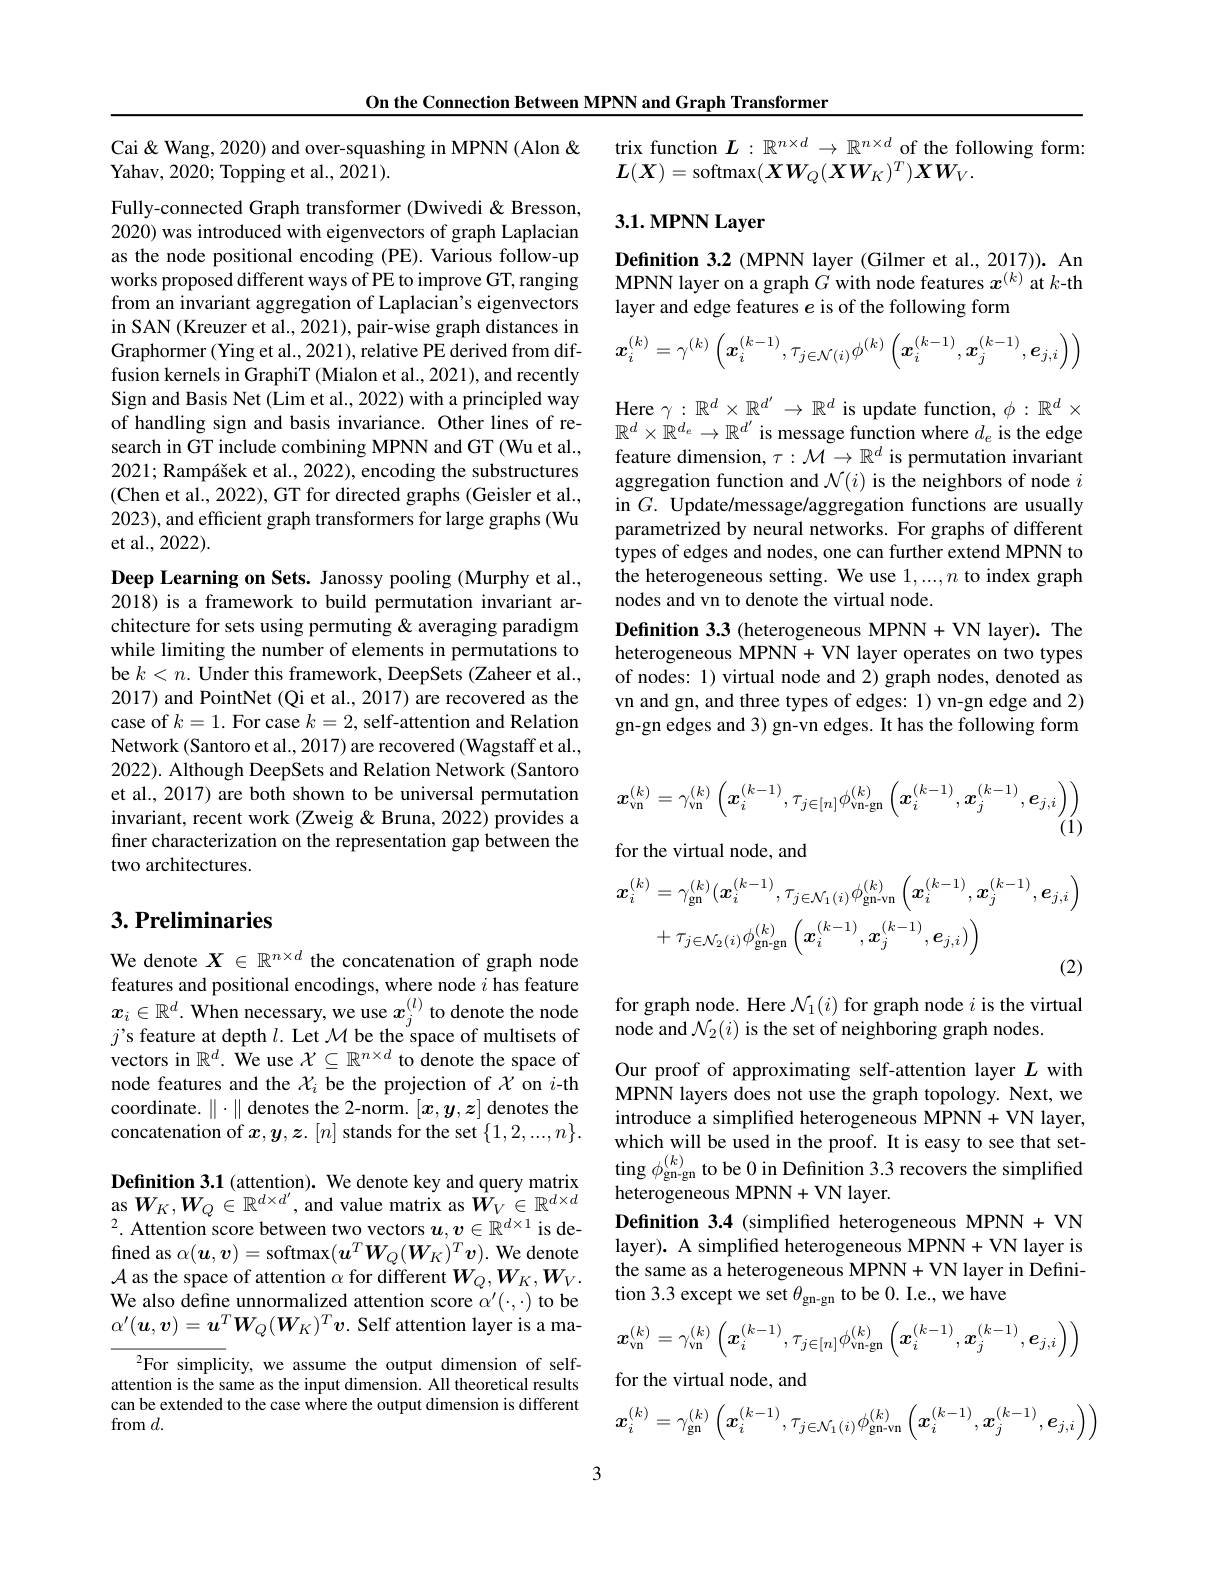
On the Connection Between MPNN and Graph Transformer

Cai& Wang, 2020) and over-squashing in MPNN (Alon &
Yahav, 2020; Topping et al., 2021).

Fully-connected Graph transformer (Dwivedi & Bresson, 2020) was introduced with eigenvectors of graph Laplacian as the node positional encoding (PE). Various follow-up $\underset{c}{\operatorname*{\text{works proposed different ways of PE to improve GT, ranging}}}$ from an invariant aggregation of Laplacian's eigenvectors in SAN (Kreuzer et al., 2021), pair-wise graph distances in Graphormer (Ying et al., 2021), relative PE derived from diffusion kernels in GraphiT (Mialon et al., 2021), and recently Sign and Basis Net (Lim et al., 2022) with a principled way of handling sign and basis invariance. Other lines of research in GT include combining MPNN and GT (Wu et al., 2021; Rampášek et al., 2022), encoding the substructures (Chen et al., 2022), GT for directed graphs (Geisler et al., 2023), and efficient graph transformers for large graphs (Wu et al., 2022).

Deep Learning on Sets. Janossy pooling (Murphy et al., 2018) is a framework to build permutation invariant architecture for sets using permuting & averaging paradigm while limiting the number of elements in permutations to be $k<n.$ Under this framework, DeepSets (Zaheer et al., 2017) and PointNet (Qi et al., 2017) are recovered as the case of $k=1.$ For case $k=2$, self-attention and Relation Network (Santoro et al., 2017) are recovered (Wagstaff et al., 2022). Although DeepSets and Relation Network (Santoro et al., 2017) are both shown to be universal permutation invariant, recent work (Zweig & Bruna, 2022) provides a finer characterization on the representation gap between the two architectures.

## $3. \textbf{Preliminaries}$

We denote $X\in\mathbb{R}^{n\times d}$ the concatenation of graph node features and positional encodings, where node $i$ has feature $x_i\in\mathbb{R}^d.$ When necessary, we use $x_j^{(l)}$ to denote the node $j’$s feature at depth $l.$ Let $\mathcal{M}$ be the space of multisets of vectors in $\mathbb{R}^d.$ $\hat{\text{We use }\mathcal{X}}\subseteq\mathbb{R}^{n\times d}$ to denote the space of node features and the $\mathcal{X}_i$ be the projection of $\mathcal{X}$ on $i$-th coordinate.$\|\cdot\|$denotes the 2-norm.$[x,y,z]$ denotes the concatenation of $\boldsymbol x,\boldsymbol y,\boldsymbol z.[n]$ stands for the set $\{1,2,...,n\}.$

Definition 3.1 (attention). We denote key and query matrix as $W_{K},W_{Q}\in\mathbb{R}^{d\times d^{\prime}}$, and value matrix as $\hat{W}_{V}\in\mathbb{R}^{d\times d}$ $^{2}.$ Attention score between two vectors $u,v\in\mathbb{R}^d\times1$ is defined as $\alpha(\boldsymbol u,\boldsymbol v)=$ softmax$(\boldsymbol u^T\boldsymbol W_Q(\boldsymbol W_K)^T\boldsymbol v).$ We denote $\mathcal{A}$ as the space of attention $\alpha$ for different $W_Q,W_K,W_V.$ We also define unnormalized attention score $\alpha^\prime(\cdot,\cdot)$ to be $\alpha^{\prime}(\boldsymbol{u},\boldsymbol{v})=\boldsymbol{u}^T\boldsymbol{W}_Q(\boldsymbol{W}_K)^T\boldsymbol{v}.$ Self attention layer is a ma-
$^2$For simplicity, we assume the output dimension of selfattention is the same as the input dimension. All theoretical results

can be extended to the case where the output dimension is different
from$d.$

trix function $L:\mathbb{R}^{n\times d}\to\mathbb{R}^{n\times d}$ of the following form:
$\boldsymbol{L}(\boldsymbol{X})=$softmax$(\boldsymbol XW_Q(\boldsymbol XW_K)^T)\boldsymbol{X}\boldsymbol{W}_V.$

## 3.1. MPNN Layer

Definition 3.2 (MPNN layer (Gilmer et al., 2017)). An MPNN layer on a graph $G$ with node features $x^{(k)}$ at $k$-th layer and edge features $e$ is of the following form
$$\boldsymbol{x}_{i}^{(k)}=\gamma^{(k)}\left(\boldsymbol{x}_{i}^{(k-1)},\tau_{j\in\mathcal{N}(i)}\phi^{(k)}\left(\boldsymbol{x}_{i}^{(k-1)},\boldsymbol{x}_{j}^{(k-1)},\boldsymbol{e}_{j,i}\right)\right)$$
Here $\gamma:\mathbb{R}^d\times\mathbb{R}^{d^{\prime}}\to\mathbb{R}^d$ is update function, $\phi:\mathbb{R}^d\times$ $\mathbb{R}^d\times\mathbb{R}^{d_e}\to\mathbb{R}^{d^{\prime}}$ is message function where $d_e$ is the edge feature dimension, $\tau:\mathcal{M}\to\mathbb{R}^d$ is permutation invariant aggregation function and $\mathcal{N}(i)$ is the neighbors of node $i$ in $G.$ Update/message/aggregation functions are usually parametrized by neural networks. For graphs of different types of edges and nodes, one can further extend MPNN to the heterogeneous setting. We use 1,...,n to index graph nodes and vn to denote the virtual node.
Definition 3.3 (heterogeneous MPNN+VN layer). The heterogeneous MPNN+ VN layer operates on two types of nodes: 1) virtual node and 2) graph nodes, denoted as vn and gn, and three types of edges: 1) vn-gn edge and 2) gn-gn edges and 3) gn-vn edges. It has the following form
$$x_{\mathrm{vn}}^{(k)}=\gamma_{\mathrm{vn}}^{(k)}\left(\boldsymbol{x}_{i}^{(k-1)},\tau_{j\in[n]}\phi_{\mathrm{vn-gn}}^{(k)}\left(\boldsymbol{x}_{i}^{(k-1)},\boldsymbol{x}_{j}^{(k-1)},\boldsymbol{e}_{j,i}\right)\right)$$
(1)
for the virtual node, and
$$\begin{aligned}\boldsymbol{x}_{i}^{(k)}&=\gamma_{\mathrm{gn}}^{(k)}(\boldsymbol{x}_{i}^{(k-1)},\tau_{j\in\mathcal{N}_{1}(i)}\phi_{\mathrm{gn-vn}}^{(k)}\left(\boldsymbol{x}_{i}^{(k-1)},\boldsymbol{x}_{j}^{(k-1)},\boldsymbol{e}_{j,i}\right)\\&+\tau_{j\in\mathcal{N}_{2}(i)}\phi_{\mathrm{gn-gn}}^{(k)}\left(\boldsymbol{x}_{i}^{(k-1)},\boldsymbol{x}_{j}^{(k-1)},\boldsymbol{e}_{j,i})\right)\end{aligned}$$
for graph node. Here $\mathcal{N}_1(i)$ for graph node $i$ is the virtual
node and $\mathcal{N}_2(i)$ is the set of neighboring graph nodes.

Our proof of approximating self-attention layer $L$ with MPNN layers does not use the graph topology. Next, we introduce a simplified heterogeneous MPNN+ VN layer, which will be used in the proof. It is easy to see that setting $\phi_\mathrm{gn-gn}^{(k)}$ to be 0 in Definition 3.3 recovers the simplified heterogeneous MPNN+ VN layer.
Definition 3.4 (simplified heterogeneous MPNN + VN layer). A simplified heterogeneous MPNN+ VN layer is the same as a heterogeneous MPNN+VN layer in Definition 3.3 except we set $\theta_\mathrm{gn-gn}$ to be 0. I.e., we have
$$\boldsymbol{x}_{\mathrm{vn}}^{(k)}=\gamma_{\mathrm{vn}}^{(k)}\left(\boldsymbol{x}_{i}^{(k-1)},\tau_{j\in[n]}\phi_{\mathrm{vn-gn}}^{(k)}\left(\boldsymbol{x}_{i}^{(k-1)},\boldsymbol{x}_{j}^{(k-1)},\boldsymbol{e}_{j,i}\right)\right)$$
for the virtual node, and
$$\boldsymbol{x}_{i}^{(k)}=\gamma_{\mathrm{gn}}^{(k)}\left(\boldsymbol{x}_{i}^{(k-1)},\tau_{j\in\mathcal{N}_{1}(i)}\phi_{\mathrm{gn-vn}}^{(k)}\left(\boldsymbol{x}_{i}^{(k-1)},\boldsymbol{x}_{j}^{(k-1)},\boldsymbol{e}_{j,i}\right)\right)$$
3